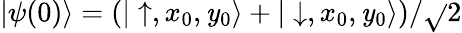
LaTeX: |\psi(0)\rangle=\left(|\uparrow,x_{0},\mathit{y}_{0}\rangle+|\downarrow,x_{0},\mathit{y}_{0}\rangle\right)/\sqrt{}{{2}}